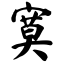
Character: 寞